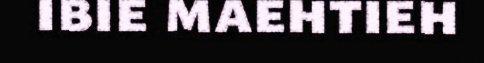
ibie maehtieh